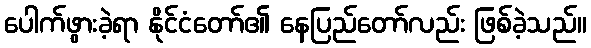
ပေါက်ဖွားခဲ့ရာ နိုင်ငံတော်၏ နေပြည်တော်လည်း ဖြစ်ခဲ့သည်။